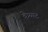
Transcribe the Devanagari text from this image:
केय्यट